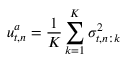
u _ { t , n } ^ { a } = \frac { 1 } { K } \sum _ { k = 1 } ^ { K } \sigma _ { t , n : k } ^ { 2 }